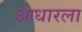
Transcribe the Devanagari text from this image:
आधारला